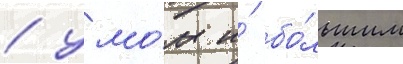
/ умо́м и́ бо́льшим